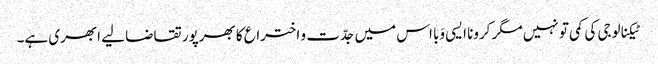
ٹیکنالوجی کی کمی تو نہیں مگر کرونا ایسی وَبا اس میں جدّت و اختراع کا بھرپور تقاضا لیے ابھری ہے۔